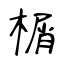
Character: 榍